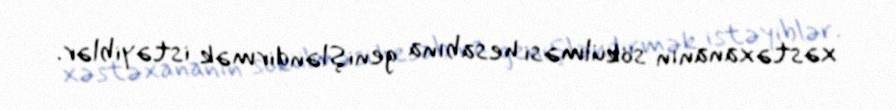
xəstəxananın sökülməsi hesabına genişləndirmək istəyiblər.